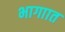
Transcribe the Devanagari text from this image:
भागाात